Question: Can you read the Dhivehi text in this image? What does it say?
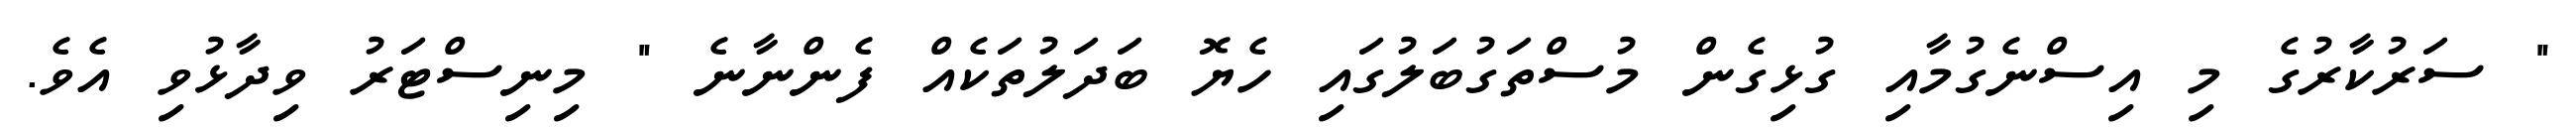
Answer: " ސަރުކާރުގެ މި އިސްނެގުމާއި ގުޅިގެން މުސްތަގުބަލުގައި ހެޔޮ ބަދަލުތަކެއް ފެންނާނެ " މިނިސްޓަރު ވިދާޅުވި އެވެ.